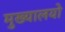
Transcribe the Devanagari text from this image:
मुख्यालयो